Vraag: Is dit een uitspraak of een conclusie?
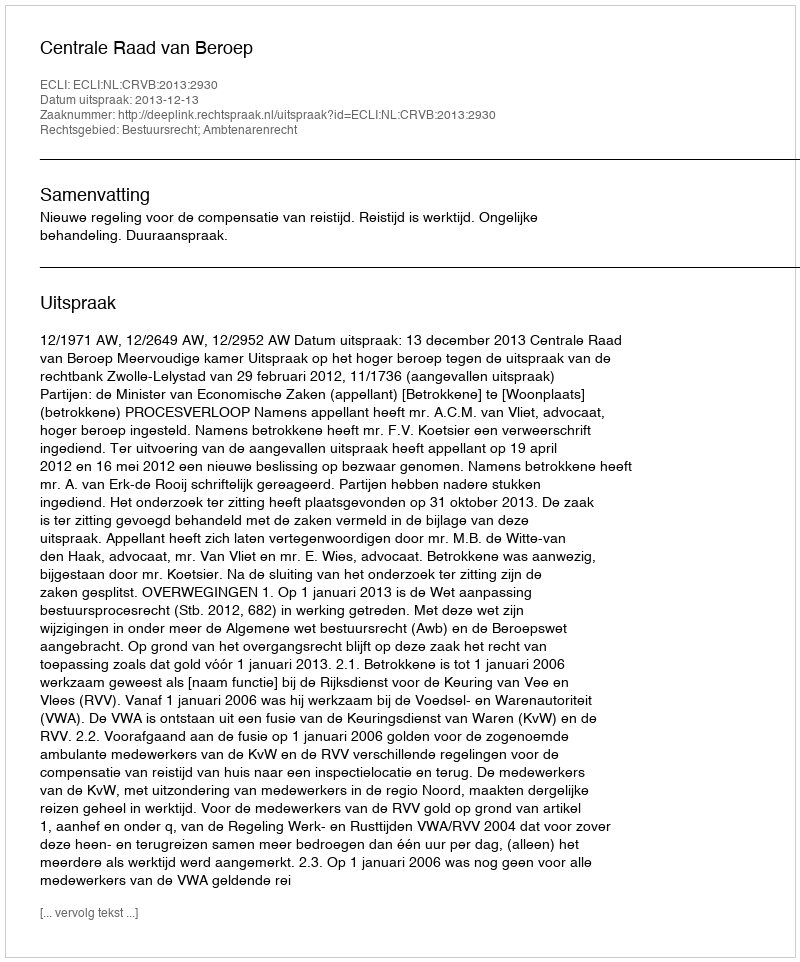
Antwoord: Uitspraak